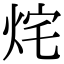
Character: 烢